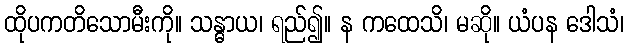
ထိုပကတိသောမီးကို။ သန္ဓာယ၊ ရည်၍။ န ကထေသိ၊ မဆို။ ယံပန ဒေါသံ၊